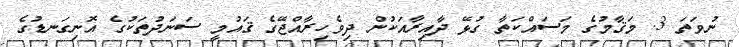
ނުވަތަ 3. މަޤާމުގެ މަސައްކަތާ ގުޅޭ ދާއިރާއަކުން ދިވެހިރާއްޖޭގެ ޤައުމީ ސަނަދުތަކުގެ އޮނިގަނޑުގެ